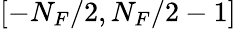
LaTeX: [-N_{F}/2,N_{F}/2-1]